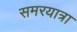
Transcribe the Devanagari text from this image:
समरयात्रा